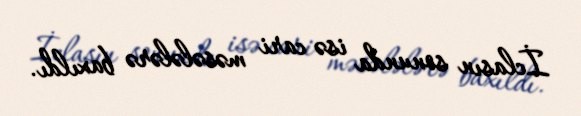
İclasın sonunda isə cari məsələlərə baxıldı.